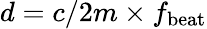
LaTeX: d=c/2m\times f_{\mathrm{beat}}